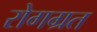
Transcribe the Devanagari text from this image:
रोगग्रत